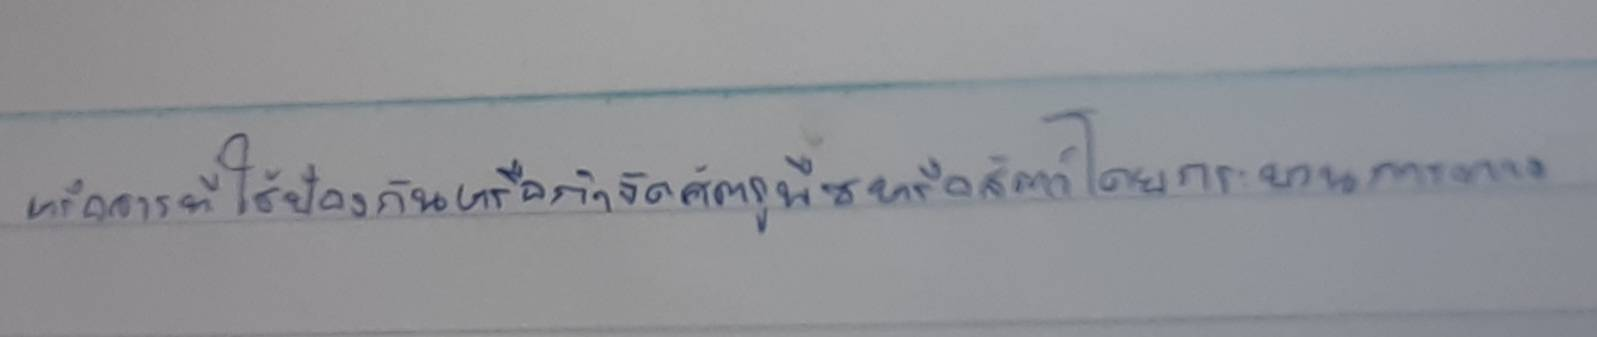
หรือสารที่ใช้ป้องกันหรือกำจัดศัตรูพืชหรือสัตว์โดยกระบวนการทาง